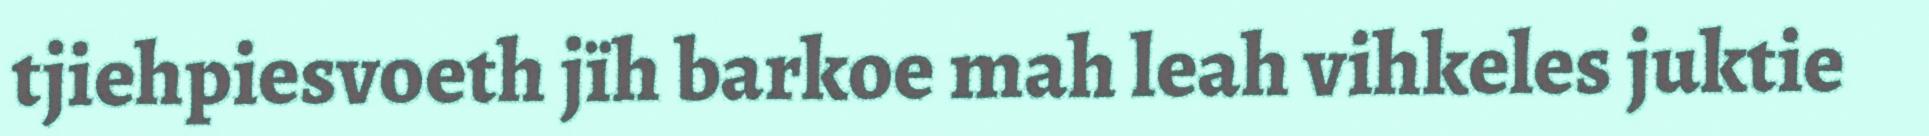
tjiehpiesvoeth jïh barkoe mah leah vihkeles juktie